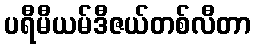
ပရီမီယမ်ဒီဇယ်တစ်လီတာ